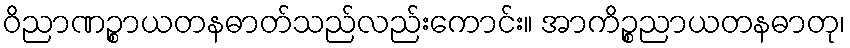
ဝိညာဏဉ္စာယတနဓာတ်သည်လည်းကောင်း။ အာကိဉ္စညာယတနဓာတု၊